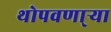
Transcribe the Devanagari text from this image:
थोपवणा्र्‍या